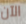
الآن